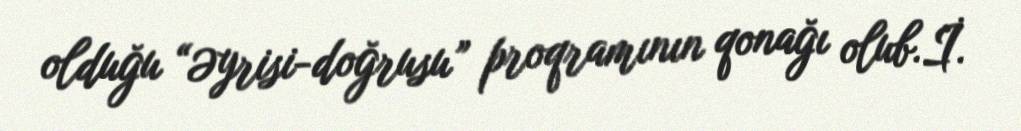
olduğu “Əyrisi-doğrusu” proqramının qonağı olub.İ.